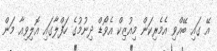
އޭ ގައި ބޭއްވި އެމެރިކަން މިއުޒިކް އެވޯޑް ދިނުމުގެ ހަފްލާގައި އޮލިވިއާ މަން